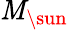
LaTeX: \mathit{M}_{\sun}